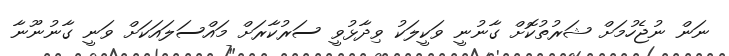
ނަން ނުޖެހުމަށް ޝަރުތުކޮށް ގާނުނީ ވަކީލަކު ވިދާޅުވީ ސަރުކާރަށް މައްސަލައަކަށް ވަނީ ގާނުނޫނާ